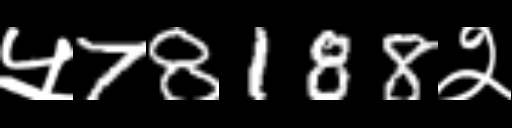
Text: ५78188२